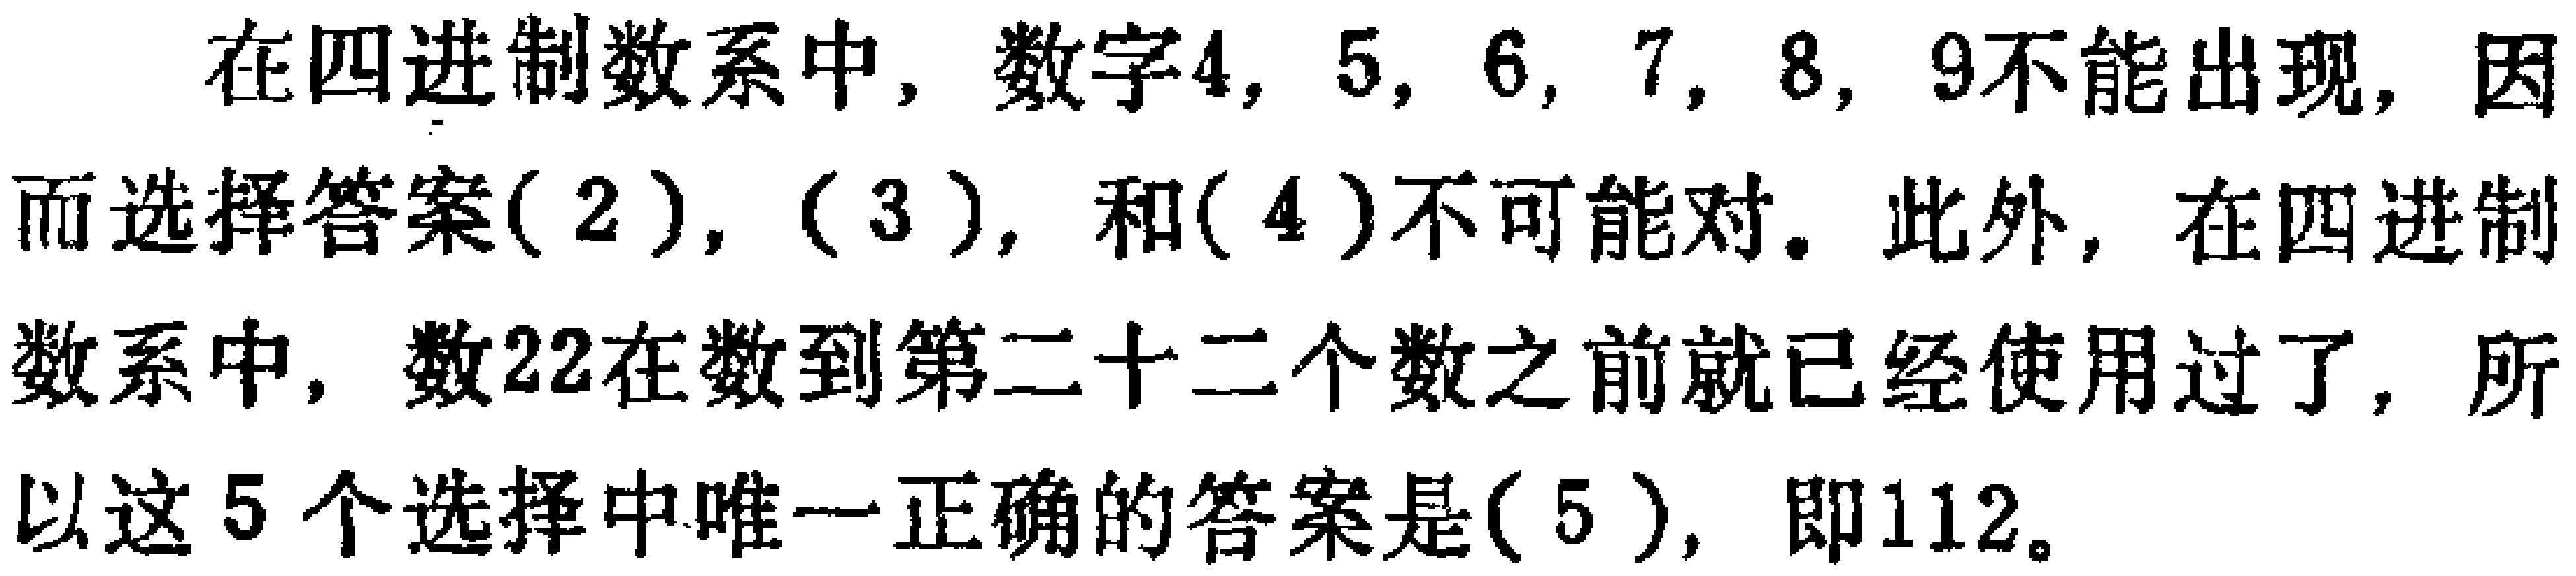
在四进制数系中, 数字$4,5,6,7,8,9$不能出现, 因而选择答案$(2),(3),$和$(4)$不可能对。此外, 在四进制数系中, 数$22$在数到第二十二个数之前就已经使用过了, 所以这$5$个选择中唯一正确的答案是$(5)$, 即$112$。